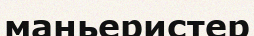
маньеристер